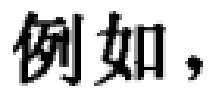
例如，